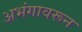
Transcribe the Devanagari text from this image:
अभंगावरून